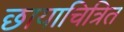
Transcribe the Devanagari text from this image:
छायाचित्रित